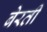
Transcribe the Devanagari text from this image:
बेरती